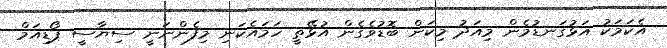
އެކަމަކު އަޅުގަނޑުމެން މިއަދު މިކަން ބޮޑުވެގެން އުޅޭތީ ހަމައެކަނި މިފެންނަނީ ސިޔާސީ ޕޯޑިއަމް